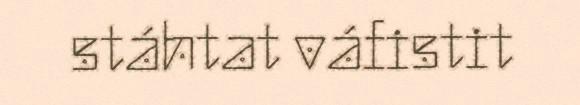
stáhtat váfistit